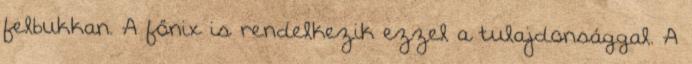
felbukkan. A főnix is rendelkezik ezzel a tulajdonsággal. A